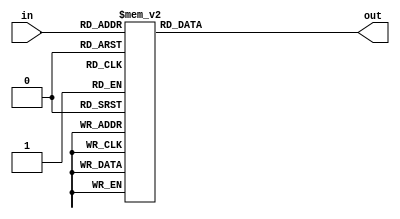
module hex_to_7seg	(out, in);

	output [6:0] out;
	input [3:0] in;
	
	
	reg [6:0] out;
	
	always @ (*)
		case (in)
			4'h0: out = 7'b1000000;
			4'h1: out = 7'b1111001;
			4'h2: out = 7'b0100100;
			4'h3: out = 7'b0110000;
			4'h4: out = 7'b0011001;
			4'h5: out = 7'b0010010;
			4'h6: out = 7'b0000010;
			4'h7: out = 7'b1111000;
			4'h8: out = 7'b0000000;
			4'h9: out = 7'b0010000;
			4'hA: out = 7'b0001000;
			4'hB: out = 7'b0000011;
			4'hC: out = 7'b0100111;
			4'hD: out = 7'b0100001;
			4'hE: out = 7'b0000110;
			default : out = 7'b0001110; 
		endcase
endmodule